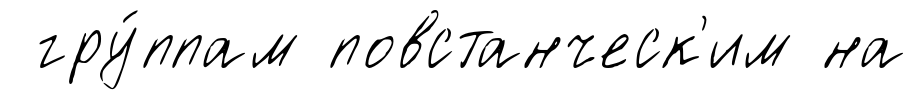
гру́ппам повстанческ'им на